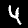
Label: 4